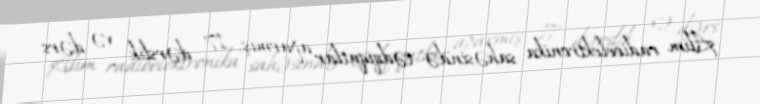
Alim radioelektronika sahəsində tədqiqatlar aparmış, 17 dərslik və dərs